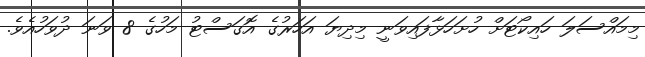
މިމައްސަލަ ހައިކޯޓަށް ހުށަހަޅާފައިވަނީ މިދިޔަ އަހަރުގެ އޮގަސްޓު މަހުގެ 8 ވަނަ ދުވަހުއެވެ.